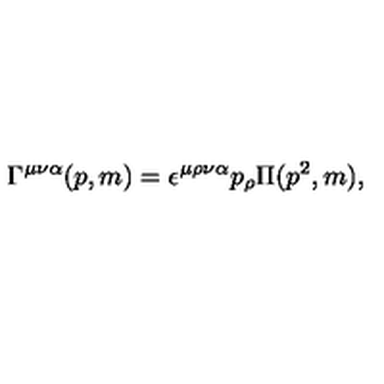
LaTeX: \Gamma ^ { \mu \nu \alpha } ( p , m ) = \epsilon ^ { \mu \rho \nu \alpha } p _ { \rho } \Pi ( p ^ { 2 } , m ) ,